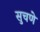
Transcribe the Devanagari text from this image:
सुचणे